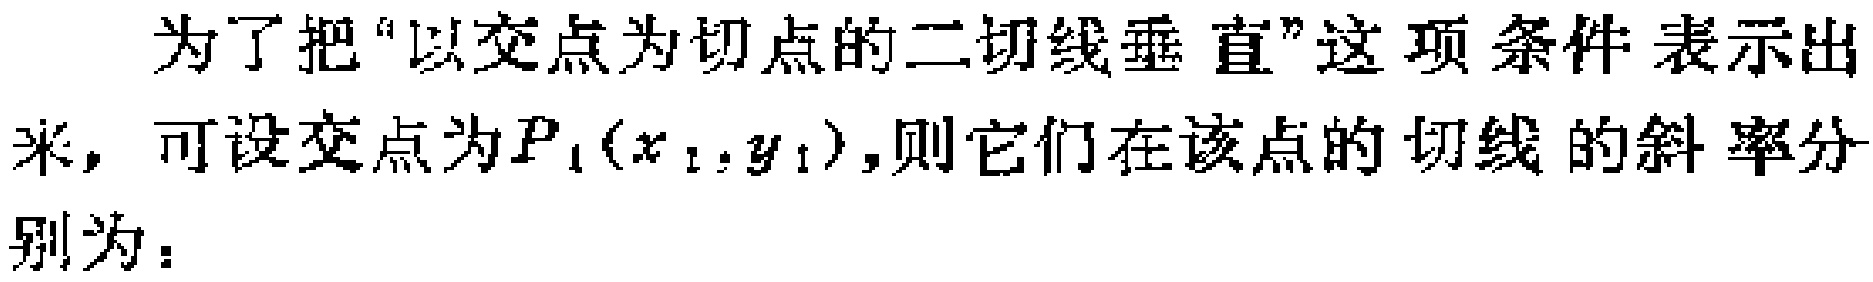
为了把“以交点为切点的二切线垂直”这项条件表示出来，可设交点为\(P_1(x_1,y_1)\)，则它们在该点的切线的斜率分别为：